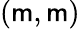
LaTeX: (\mathsf{m},\mathsf{m})